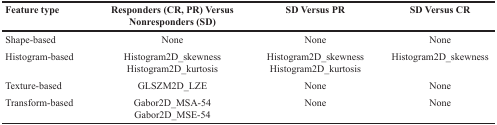
<table><thead><tr><td><b>Feature type</b></td><td><b>Responders (CR, PR) Versus Nonresponders (SD)</b></td><td><b>SD Versus PR</b></td><td><b>SD Versus CR</b></td></tr></thead><tbody><tr><td>Shape-based</td><td>None</td><td>None</td><td>None</td></tr><tr><td>Histogram-based</td><td>Histogram2D_skewnessHistogram2D_kurtosis</td><td>Histogram2D_skewnessHistogram2D_kurtosis</td><td>Histogram2D_skewness</td></tr><tr><td>Texture-based</td><td>GLSZM2D_LZE</td><td>None</td><td>None</td></tr><tr><td>Transform-based</td><td>Gabor2D_MSA-54Gabor2D_MSE-54</td><td>None</td><td>None</td></tr></tbody></table>